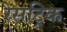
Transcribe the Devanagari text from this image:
रेसट्रिक